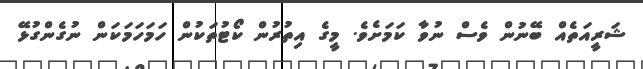
ޝަރީއަތެއް ބޭނުން ވެސް ނުވާ ކަމަށެވެ. މީގެ އިތުރުން ކޯޓުތަކުން ހަމަހަމަކަން ނުގެންގުޅޭ